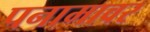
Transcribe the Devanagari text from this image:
पनामावर